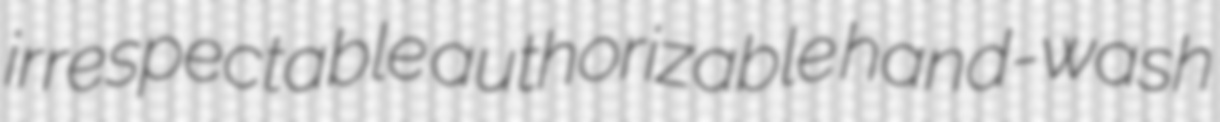
irrespectable authorizable hand-wash